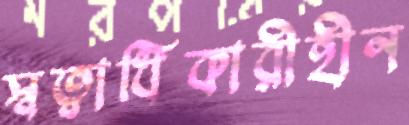
স্বত্বাধিকারীহীন